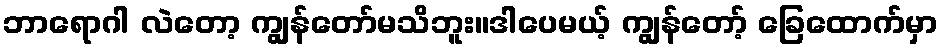
ဘာရောဂါ လဲတော့ ကျွန်တော်မသိဘူး။ဒါပေမယ့် ကျွန်တော့် ခြေထောက်မှာ